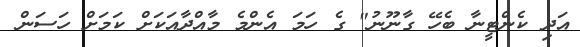
އަދި ކެންޓީނާ ބެހޭ ގާނޫނު" ގެ ހަމަ އެންމެ މާއްދާއަކަށް ކަމަށް ހަސަން